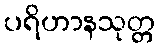
ပရိဟာနသုတ္တ